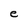
Character: e